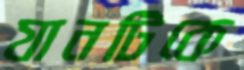
যানটিকে